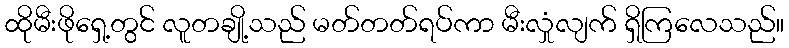
ထိုမီးဖိုရှေ့တွင် လူတချို့သည် မတ်တတ်ရပ်ကာ မီးလှုံလျက် ရှိကြလေသည်။